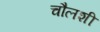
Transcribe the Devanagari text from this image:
चौलशी